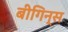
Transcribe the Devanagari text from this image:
बीगिन्स